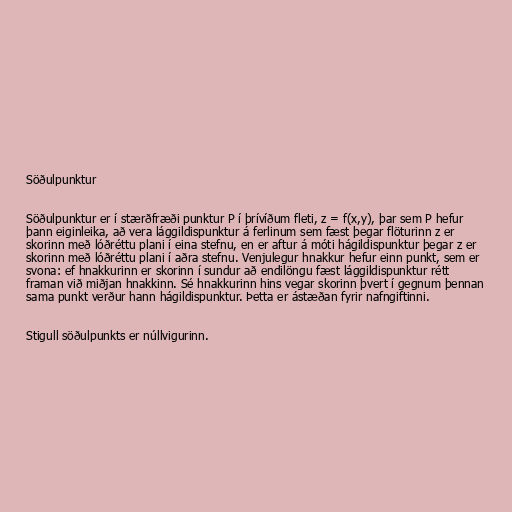
Söðulpunktur

Söðulpunktur er í stærðfræði punktur P í þrívíðum fleti, z = f(x,y), þar sem P hefur
þann eiginleika, að vera lággildispunktur á ferlinum sem fæst þegar flöturinn z er
skorinn með lóðréttu plani í eina stefnu, en er aftur á móti hágildispunktur þegar z er
skorinn með lóðréttu plani í aðra stefnu. Venjulegur hnakkur hefur einn punkt, sem er
svona: ef hnakkurinn er skorinn í sundur að endilöngu fæst lággildispunktur rétt
framan við miðjan hnakkinn. Sé hnakkurinn hins vegar skorinn þvert í gegnum þennan
sama punkt verður hann hágildispunktur. Þetta er ástæðan fyrir nafngiftinni.

Stigull söðulpunkts er núllvigurinn.